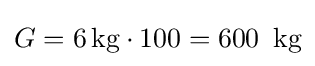
G=6\,{\text{kg}}\cdot 100=600\,{\text{ kg}}